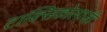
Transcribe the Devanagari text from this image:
टाक्सिकोलाजी